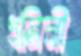
ধনিনী